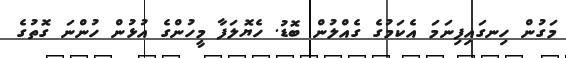
މަގުން ހިނގައިފިނަމަ އެކަމުގެ ގެއްލުން ބޮޑު. ހެޔޮލަފާ މީހުންގެ އުޅުން ހުންނަ ގޮތުގެ